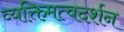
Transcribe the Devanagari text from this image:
व्यक्तिमत्वदर्शन